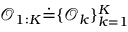
\mathcal { O } _ { 1 : K } \dot { = } \{ \mathcal { O } _ { k } \} _ { k = 1 } ^ { K }